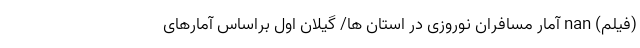
(فیلم) nan آمار مسافران نوروزی در استان ها/ گیلان اول براساس آمارهای